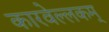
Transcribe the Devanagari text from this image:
कारवेल्लकम्‌